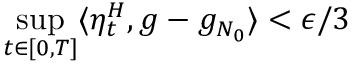
\operatorname* { s u p } _ { t \in [ 0 , T ] } \langle \eta _ { t } ^ { H } , g - g _ { N _ { 0 } } \rangle < \epsilon / 3